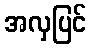
အလှပြင်